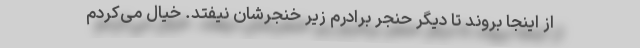
از اینجا بروند تا دیگر حنجر برادرم زیر خنجرشان نیفتد. خیال می‌کردم